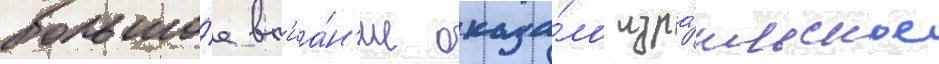
большо́е вл'иа́н'ие оказа́ло изра́ильское